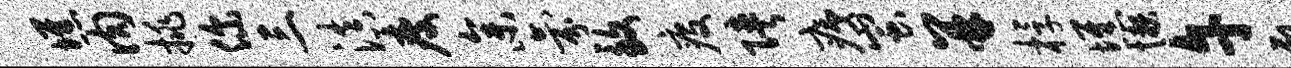
憔肉挑你三滇瘦参氛致疫陕痍蚩并桴憔懒午乳